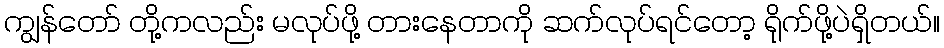
ကျွန်တော် တို့ကလည်း မလုပ်ဖို့ တားနေတာကို ဆက်လုပ်ရင်တော့ ရိုက်ဖို့ပဲရှိတယ်။